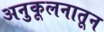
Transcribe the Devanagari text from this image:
अनुकूलनातून